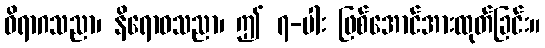
ဝိရာဂသညာ၊ နိရောဓသညာ၊ ဤ ၇-ပါး ဖြစ်အောင်အားထုတ်ခြင်း။